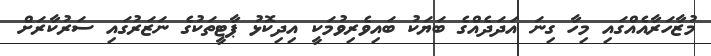
މުޒާހަރާއެއްގައި މިހާ ގިނަ އަދަދެއްގެ ބަޔަކު ބައިވެރިވުމަކީ އިދިކޮޅު ޕާޓީތަކުގެ ނަޒަރުގައި ސަރުކާރަށް